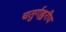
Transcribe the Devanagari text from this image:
चतुर्गह्वरीय